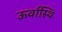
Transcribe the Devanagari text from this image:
ऊर्वास्थि